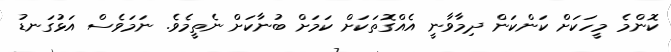
ކޮންމެ މީހަކަށް ކަންކަން ދިމާވާނީ އެއްގޮތަކަށް ކަމަށް ބުނާކަށް ނެތީމެވެ. ނަމަވެސް އަޅުގަނޑު